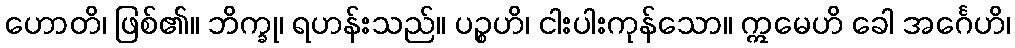
ဟောတိ၊ ဖြစ်၏။ ဘိက္ခု၊ ရဟန်းသည်။ ပဉ္စဟိ၊ ငါးပါးကုန်သော။ ဣမေဟိ ခေါ အင်္ဂေဟိ၊